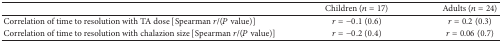
<table><thead><tr><td><b> </b></td><td><b>Children (<i>n</i> = 17)</b></td><td><b>Adults (<i>n</i> = 24)</b></td></tr></thead><tbody><tr><td>Correlation of time to resolution with TA dose [Spearman <i>r</i>/(<i>P</i> value)]</td><td><i>r</i> = −0.1 (0.6)</td><td><i>r</i> = 0.2 (0.3)</td></tr><tr><td>Correlation of time to resolution with chalazion size [Spearman <i>r</i>/(<i>P</i> value)]</td><td><i>r</i> = −0.2 (0.4)</td><td><i>r</i> = 0.06 (0.7)</td></tr></tbody></table>